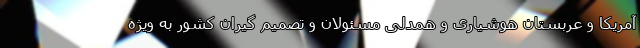
آمریکا و عربستان هوشیاری و همدلی مسئولان و تصمیم گیران کشور به ویژه